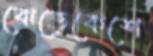
ঝেড়েকেশে